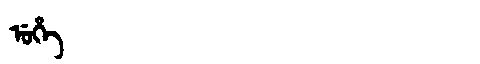
Manchu: ᡠᡥᡝ
Romanization: UHE